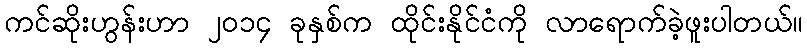
ကင်ဆိုးဟွန်းဟာ ၂၀၁၄ ခုနှစ်က ထိုင်းနိုင်ငံကို လာရောက်ခဲ့ဖူးပါတယ်။